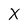
Character: X